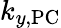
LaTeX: k_{y,\textrm{PC}}